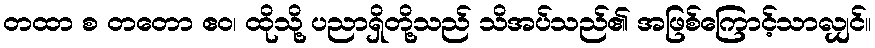
တထာ စ တတော ဧဝ၊ ထိုသို့ ပညာရှိတို့သည် သိအပ်သည်၏ အဖြစ်ကြောင့်သာလျှင်။